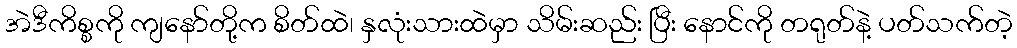
အဲဒီကိစ္စကို ကျနော်တို့က စိတ်ထဲ၊ နှလုံးသားထဲမှာ သိမ်းဆည်း ပြီး နောင်ကို တရုတ်နဲ့ ပတ်သက်တဲ့